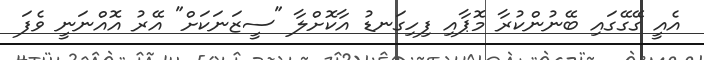
އެއީ ގޭގޭގައި ބޭނުންކުރާ މޮޕާއި ފިހިގަނޑު އާކޮށްލާ "ސީޒަނަކަށް" އޭރު އޮއްނަނީ ވެފަ